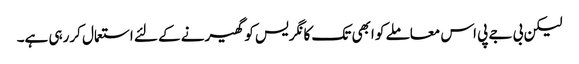
لیکن بی جے پی اس معاملے کو ابھی تک کانگریس کو گھیرنے کے لئے استعمال کررہی ہے۔